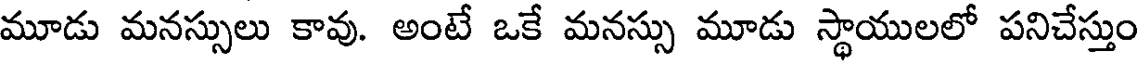
మూడు మనస్సులు కావు. అంటే ఒకే మనస్సు మూడు స్థాయులలో పనిచేస్తుం